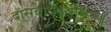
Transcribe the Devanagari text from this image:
दासबोध॥श्रीराम॥